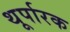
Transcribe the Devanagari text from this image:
थूर्पारक